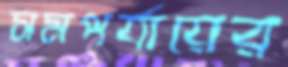
সমপর্যায়ের